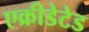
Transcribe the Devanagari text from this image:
एक्रीडेटेड